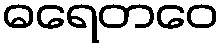
ဓရေတဝေ